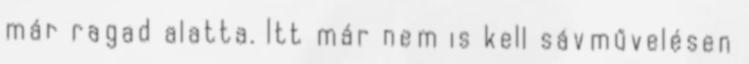
már ragad alatta. Itt már nem is kell sávművelésen